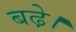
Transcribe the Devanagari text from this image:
बढे़।